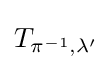
T_{\pi ^{-1},\lambda '}